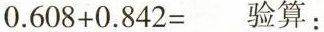
$$0 . 6 0 8 + 0 . 8 4 2 =$$验算: